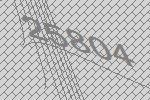
25804